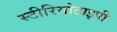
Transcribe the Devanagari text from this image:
स्‍टीरियोटाइपी